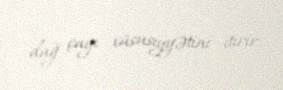
dağ çayı xüsusiyyətini itirir.